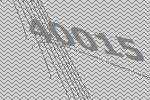
40015